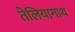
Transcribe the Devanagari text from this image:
तेलियागाथ